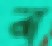
ব